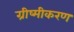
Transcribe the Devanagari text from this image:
ग्रीष्मीकरण